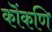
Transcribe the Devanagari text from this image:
कॊंकणि